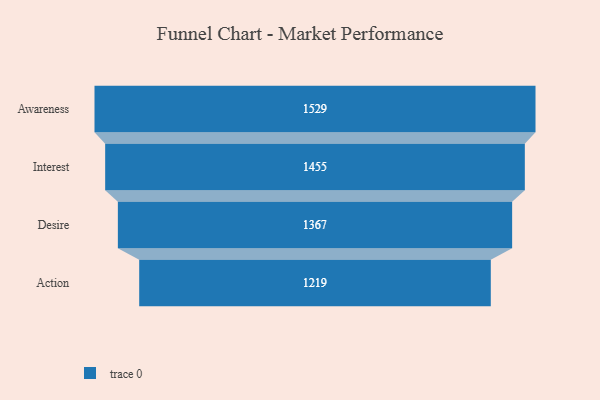
{"axis": {"x": "Stage", "y": "Value"}, "legend": [""], "data": [{"x": "Awareness", "y": 1529.0, "type": ""}, {"x": "Interest", "y": 1455.0, "type": ""}, {"x": "Desire", "y": 1367.0, "type": ""}, {"x": "Action", "y": 1219.0, "type": ""}]}